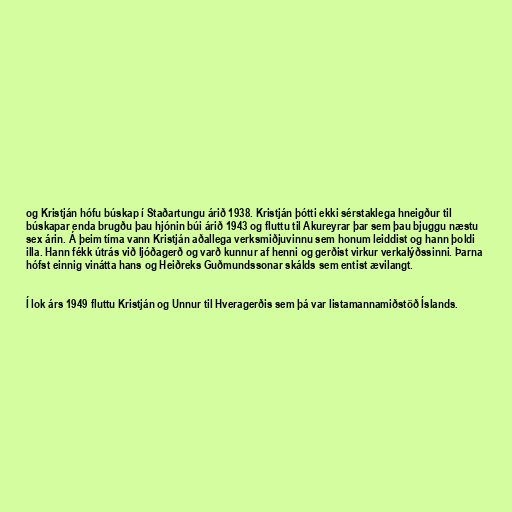
og Kristján hófu búskap í Staðartungu árið 1938. Kristján þótti ekki sérstaklega hneigður til
búskapar enda brugðu þau hjónin búi árið 1943 og fluttu til Akureyrar þar sem þau bjuggu næstu
sex árin. Á þeim tíma vann Kristján aðallega verksmiðjuvinnu sem honum leiddist og hann þoldi
illa. Hann fékk útrás við ljóðagerð og varð kunnur af henni og gerðist virkur verkalýðssinni. Þarna
hófst einnig vinátta hans og Heiðreks Guðmundssonar skálds sem entist ævilangt.

Í lok árs 1949 fluttu Kristján og Unnur til Hveragerðis sem þá var listamannamiðstöð Íslands.